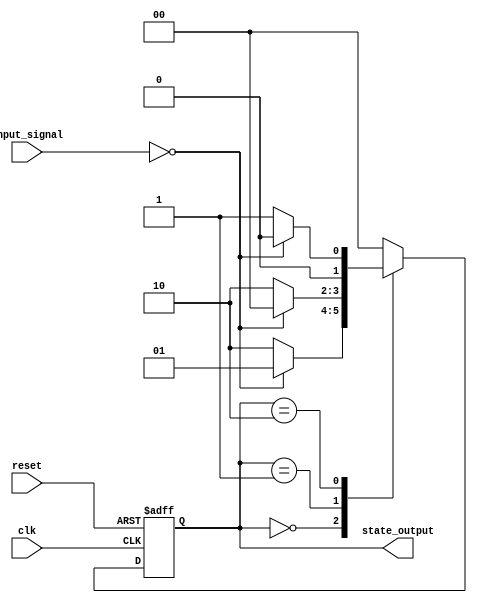
module StateMachine (
    input wire clk,
    input wire reset,
    input wire [1:0] input_signal,
    output wire [1:0] state_output
);

reg [1:0] current_state;
reg [1:0] next_state;

parameter STATE_A = 2'b00;
parameter STATE_B = 2'b01;
parameter STATE_C = 2'b10;

always @(posedge clk or posedge reset) begin
    if (reset) begin
        current_state <= STATE_A;
    end else begin
        current_state <= next_state;
    end
end

always @* begin
    case (current_state)
        STATE_A: begin
            if (input_signal == 2'b00) begin
                next_state = STATE_B;
            end else begin
                next_state = STATE_C;
            end
        end
        STATE_B: begin
            if (input_signal == 2'b00) begin
                next_state = STATE_A;
            end else begin
                next_state = STATE_C;
            end
        end
        STATE_C: begin
            if (input_signal == 2'b00) begin
                next_state = STATE_A;
            end else begin
                next_state = STATE_B;
            end
        end
        default: next_state = STATE_A;
    endcase
end

assign state_output = current_state;

endmodule